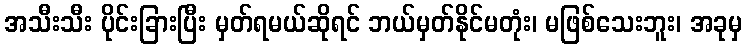
အသီးသီး ပိုင်းခြားပြီး မှတ်ရမယ်ဆိုရင် ဘယ်မှတ်နိုင်မတုံး၊ မဖြစ်သေးဘူး၊ အခုမှ